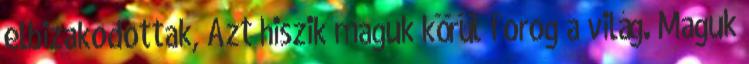
elbizakodottak, Azt hiszik maguk körül forog a világ. Maguk